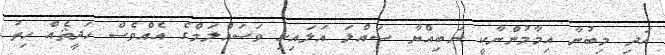
އަދި މިބުނާ އިމާމުންނާކީ ނަބިއްޔާ ސައްލަ އަލައިހި ވަސައްލަމްގެ އެއްވެސް ހަދީޘެއް ހިތު